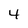
Character: 4